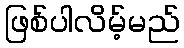
ဖြစ်ပါလိမ့်မည်